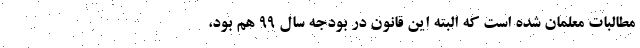
مطالبات معلمان شده است که البته این قانون در بودجه سال ۹۹ هم بود،